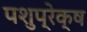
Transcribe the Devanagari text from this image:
पशुप्रेक्ष